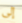
إلى